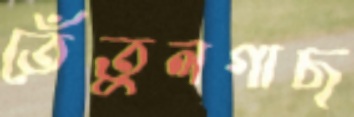
তেঁতুলগাছ